Insane asylums in Bengal annual reports 1876-1887 - 1876-1887
Year: 1876
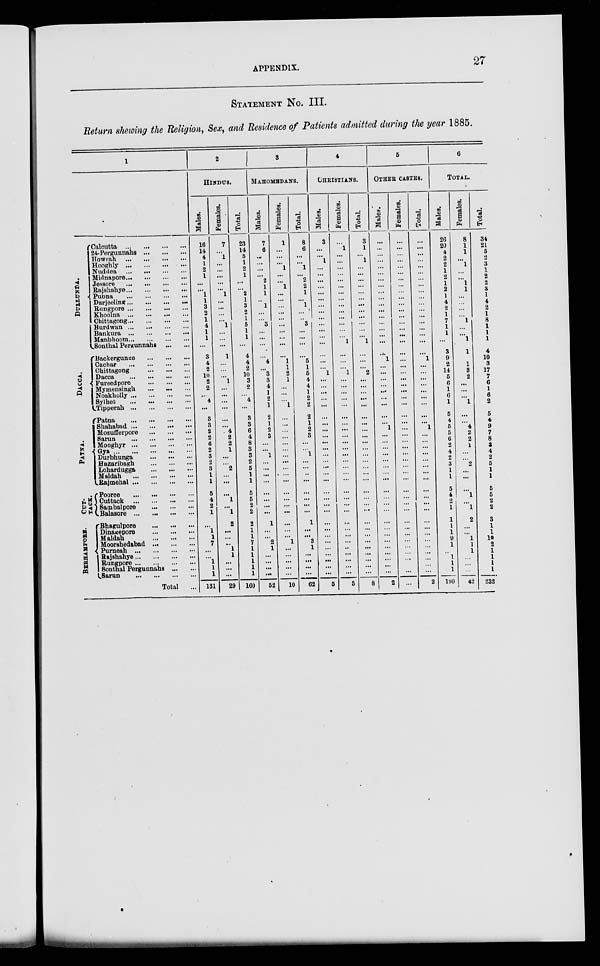
APPENDIX.
27
STATEMENT NO. III.
Return showing the Religion, Sex, and Residence of Patients admitted during the year 1885.
1
DULLUNDA.
DACCA
PATNA.
CUT-
TACK.
BERHAMPORE.
Calcutta
...
...
...
...
24-Pergunnahs
...
...
...
Howrah
...
...
...
...
Hooghly
...
...
...
...
Nuddea
...
...
...
...
Midnapore
...
...
...
...
Jessore
...
...
...
...
Rajshahye ... ... ... ...
Pubna
...
...
...
...
Darjeeling ... ... ... ...
Rungpore ...
...
...
...
Khoolna ... ... ... ...
Chittagong ... ... ... ...
Burdwan
...
...
...
Bankura
...
...
...
...
Manbhoom ... ... ... ...
Sonthal Pergunnahs
...
...
Backergunge
...
...
...
Cachar
...
...
...
...
Chittagong
...
...
...
Dacca
...
...
...
...
Fureedpore
...
...
...
Mymensingh ... ... ...
Noakholly ... ... ... ...
Sylhet
...
...
...
...
Tipperah
...
...
...
...
Patna
...
...
...
...
Shahabad
...
...
...
...
Mozufferpore
...
...
...
Sarun
...
...
...
...
Monghyr
...
...
...
...
Gya
...
...
...
...
...
Durbhunga
...
...
...
Hazaribagh
...
...
...
Lohardugga
...
...
...
Maldah
...
...
...
...
Rajmehal
...
...
...
...
Pooree ... ... ... ...
Cuttack
...
...
...
...
Sambalpore
...
...
...
Balasore
...
...
...
...
Bhagulpore
...
...
...
Dinagepore
...
...
...
Maldah
...
...
...
Moorshedabad
...
...
...
Purneah
...
...
...
...
Rajshahye
...
...
...
...
Rungpore ... ... ... ...
Sonthal Pergunahs
...
...
Sarun ... ... ... ...
Total
...
2
HINDUS.
Males.
16
14
4
1
2
1
...
...
1
1
3
2
1
4
1
1
...
3
4
2
10
2
2
...
4
...
3
3
2
2
6
2
3
2
3
1
1
5
4
2
1
...
1
1
7
...
...
1
1
1
131
Females.
7
...
1
...
...
...
...
...
1
...
...
...
...
1
...
...
...
1
...
...
...
1
...
...
...
...
...
...
4
2
2
1
...
...
2
...
...
...
1
...
1
2
...
...
...
1
1
. ..
. ..
...
29
Total.
23
14
5
1
2
1
...
...
2
1
3
2
1
5
1
1
...
4
4
2
10
3
2
...
4
...
3
3
6
4
8
3
3
2
5
1
1
5
5
2
2
2
1
1
7
1
1
1
1
1
160
3
MAHOMEDANCE.
Males.
7
6
...
...
...
...
2
1
1
...
1
...
...
3
...
...
...
...
4
...
3
3
4
1
2
1
2
1
2
3
...
...
1
...
...
...
...
...
...
...
...
1
...
...
2
1
...
...
...
...
52
Females.
1
...
...
...
1
...
...
1
...
...
...
...
...
...
...
...
...
...
1
1
2
1
...
...
...
1
...
...
...
...
...
...
...
...
...
...
...
...
...
...
...
...
...
...
1
...
...
...
...
...
10
Total.
8
6
...
...
1
...
2
2
1
...
1
...
...
3
...
...
...
...
5
1
5
4
4
1
2
2
2
1
2
3
...
...
1
...
...
...
...
...
...
...
...
1
...
...
3
1
...
...
...
...
62
4
CHRISTIANS.
Males.
3
...
...
1
...
...
...
...
...
...
...
...
...
...
...
...
...
...
...
...
1
...
. ..
. ..
...
...
...
...
...
...
...
...
...
...
...
...
...
...
...
...
...
...
...
...
...
...
...
...
...
...
5
Females.
...
1
...
...
...
...
...
...
...
...
...
...
...
...
...
...
1
...
...
...
1
...
...
...
...
...
...
...
...
...
...
...
...
...
...
...
...
...
...
...
...
...
...
...
...
...
...
...
...
...
3
Total.
3
1
...
1
...
...
...
. ..
...
...
...
...
...
...
...
...
1
...
...
...
2
...
...
...
...
...
...
...
...
...
...
...
...
...
...
...
...
...
...
...
...
...
...
...
...
...
...
...
...
...
8
5
OTHER
CASTES.
Males.
...
...
...
...
...
...
...
...
...
...
...
...
...
...
...
...
...
...
1
...
...
...
...
...
...
...
...
...
1
...
...
...
...
...
...
...
...
...
...
...
...
...
...
...
...
...
...
...
. ..
...
2
Females.
...
...
...
...
...
...
...
...
...
...
...
...
...
...
...
...
...
...
...
...
...
...
...
...
...
...
...
...
...
...
...
...
...
...
...
...
...
...
...
...
...
...
...
...
...
...
...
...
...
...
...
Total.
...
...
...
...
...
...
...
...
...
...
...
...
...
...
...
...
...
...
1
...
...
...
...
...
...
...
...
...
1
...
...
...
...
...
...
...
...
...
...
...
...
...
...
...
...
...
...
...
...
...
2
6
TOTAL.
Males.
26
20
4
2
2
1
2
1
2
1
4
2
1
7
1
1
...
3
9
2
14
5
6
1
6
1
5
4
5
5
6
2
4
2
3
1
1
5
4
2
1
1
1
1
9
1
...
1
1
1
190
Females.
8
1
1
...
1
...
...
1
1
...
...
...
...
1
...
...
1
1
1
1
3
2
...
...
...
1
...
...
4
2
2
1
...
...
2
...
...
...
1
...
1
2
...
...
1
1
1
...
...
...
42
Total.
34
21
5
2
3
1
2
2
3
1
4
2
1
8
1
1
1
4
10
3
17
7
6
1
6
2
5
4
9
7
8
3
4
2
5
1
1
5
5
2
2
3
1
1
10
2
1
1
1
1
232